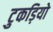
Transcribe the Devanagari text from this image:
टुकड़ियो